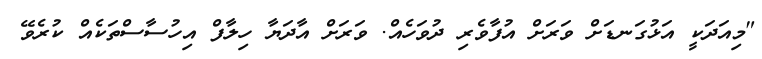
"މިއަދަކީ އަޅުގަނޑަށް ވަރަށް އުފާވެރި ދުވަހެއް. ވަރަށް އާދަޔާ ހިލާފް އިހުސާސްތަކެއް ކުރެވޭ